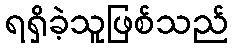
ရရှိခဲ့သူဖြစ်သည်